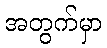
အတွက်မှာ